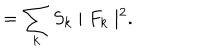
\hspace { 5 m m } = \sum _ { k } S _ { k } \mid { F _ { k } } \mid ^ { 2 } .